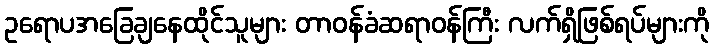
ဥရောပအခြေချနေထိုင်သူများ တာဝန်ခံဆရာဝန်ကြီး လက်ရှိဖြစ်ရပ်များကို